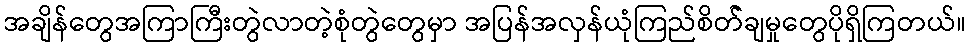
အချိန်တွေအကြာကြီးတွဲလာတဲ့စုံတွဲတွေမှာ အပြန်အလှန်ယုံကြည်စိတ််ချမှုတွေပိုရှိကြတယ်။